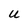
Character: U